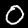
Digit: 0